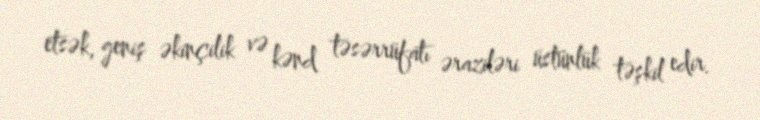
etsək, geniş əkinçilik və kənd təsərrüfatı əraziləri üstünlük təşkil edir.